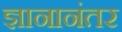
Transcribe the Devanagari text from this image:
ज्ञानानंतर